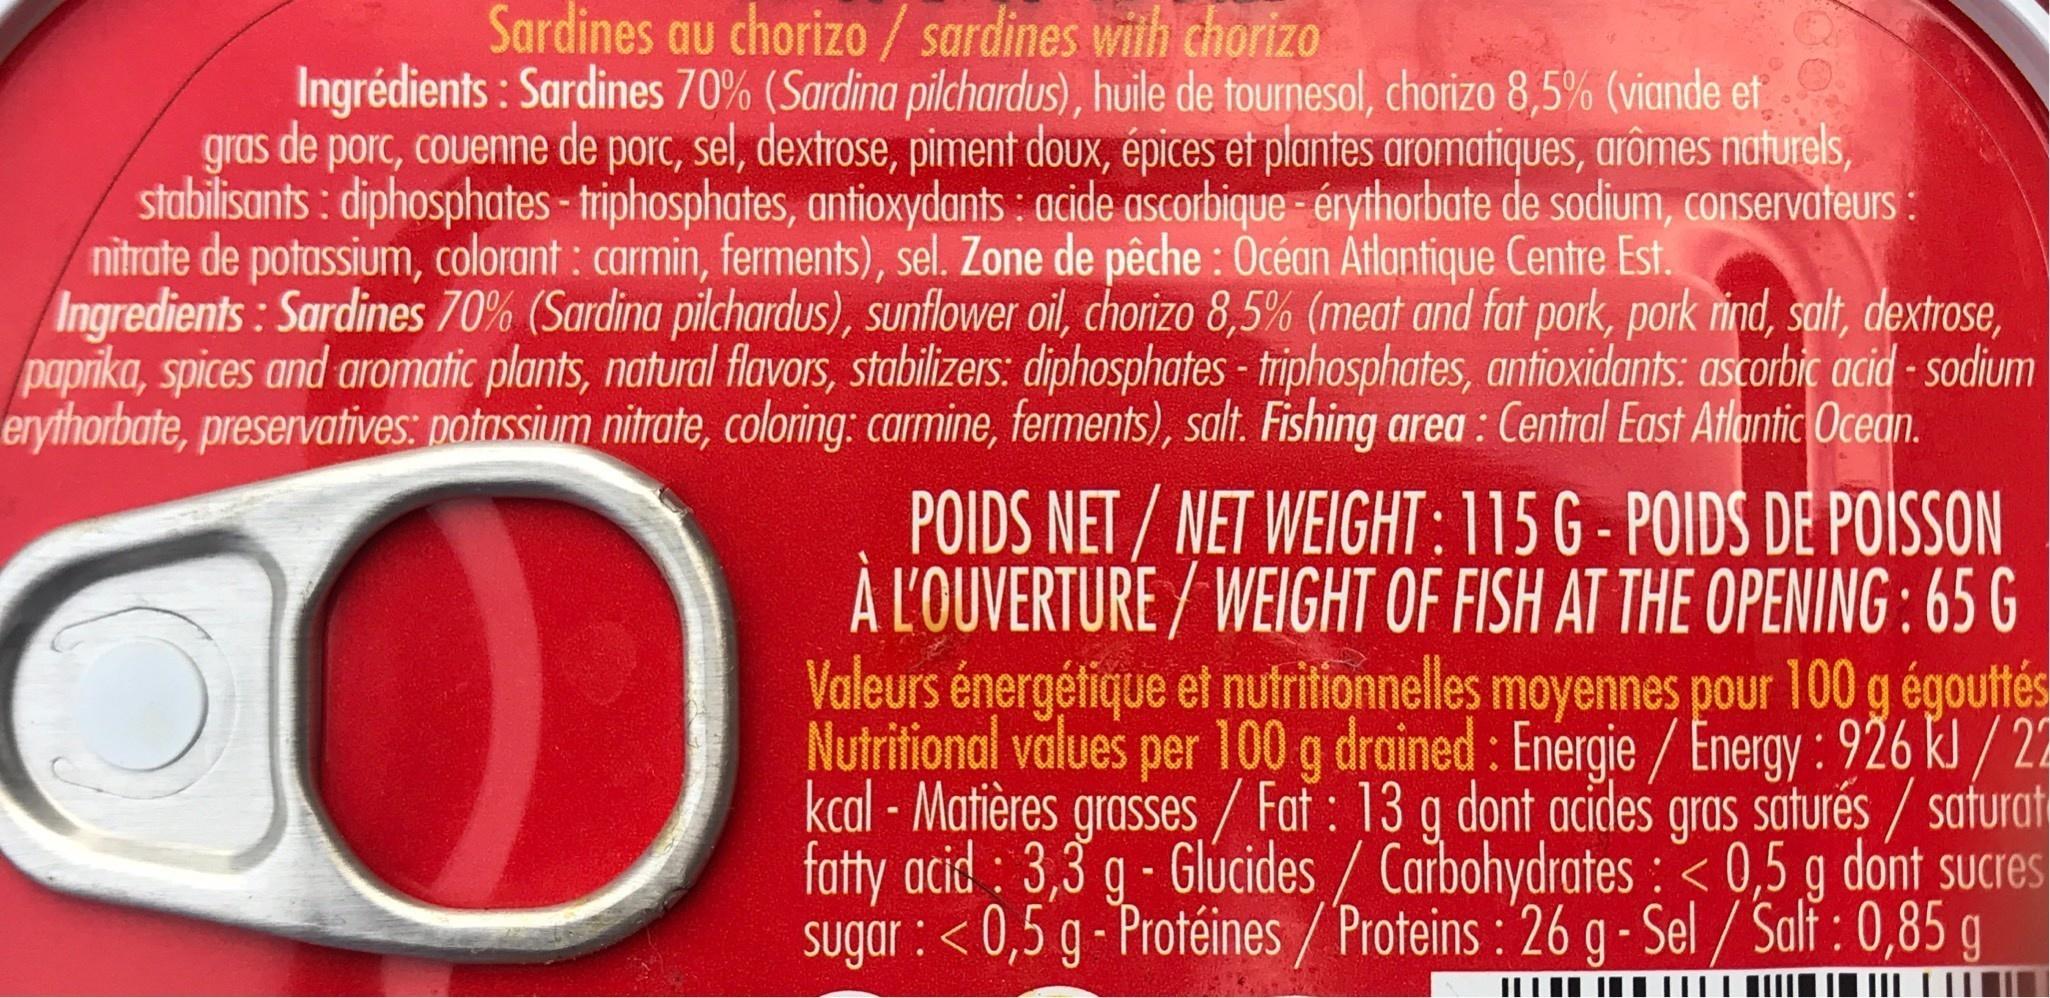
Sardines au chorizo/sardines with chorizo
Ingrédients : Sardines 70% (Sardina pilchardus), huile de tournesol, chorizo 8,5% (viande et gras de porc, couenne de porc, sel, dextrose, piment doux, épices ei plantes aromatiques, arômes naturels, stabilisants : diphosphates - triphosphates, antioxydants : acide ascorbique - érythorbate de sodium, conservateurs : nitrate de potassium, colorant : carmin, ferments), sel. Zone de pêche : Océan Atlantique Centre Est. Ingredients: Sardines 70% (Sardina pilchardus), sunflower oil, chorizo 8,5% (meat and fat pork, pork rind, salt, dextrose, paprika, spices and aromatic plants, natural flavors, stabilizers: diphosphates - triphosphates, antioxidants: ascorbic acid - sodium erythorbate, preservatives: potassium nitrate, coloring: carmine, ferments), salt. Fishing area : Central East Atlantic Ocean.
POIDS NET / NET WEIGHT:115 G - POIDS DE POISSON À L'OUVERTURE / WEIGHT OF FISH AT THE OPENING:65 G Valeurs énergétique et nutritionnelles moyennes pour 100 g égouttés Nutritional values per 100 g drained : Energie/Energy : 926 KJ / 2 kcal - Matières grasses / Fat : 13 g dont acides gras saturés / saturat fatty acid : 3,3 g - Glucides / Carbohydrates : < 0,5 g dont sucres sugar : < 0,5 g - Protéines / Proteins : 26 g - Sel / Salf : 0,85 g